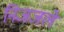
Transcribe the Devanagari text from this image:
निजजले